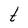
Character: t